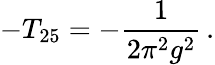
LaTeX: -T_{25}=-\frac{1}{2\pi^{2}g^{2}}\, .